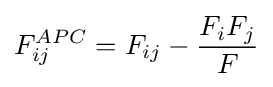
F_{ij}^{APC}=F_{ij}-{\frac {F_{i}F_{j}}{F}}